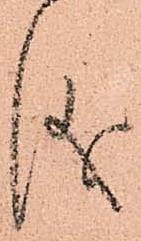
儀